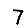
Digit: 7